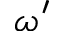
\omega ^ { \prime }